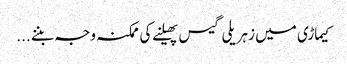
کیماڑی میں زہریلی گیس پھیلنے کی ممکنہ وجہ بننے ...